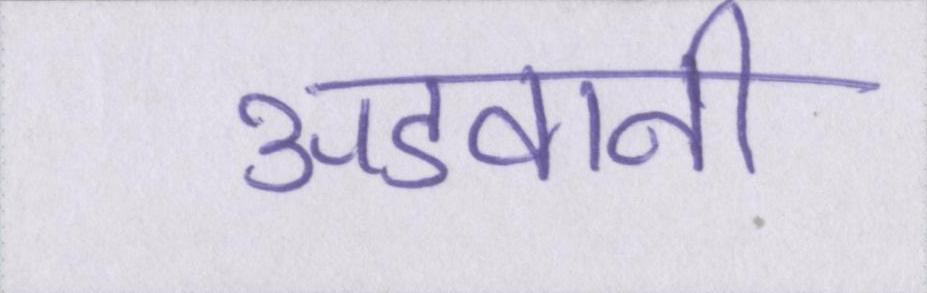
अडवानी